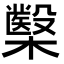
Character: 𭬢